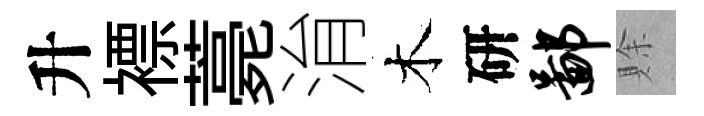
升褾薧㳙木研鄙賖